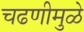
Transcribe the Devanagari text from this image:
चढणीमुळे